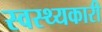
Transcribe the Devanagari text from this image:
स्वस्थ्यकारी